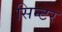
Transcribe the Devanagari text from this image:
सिन्टर